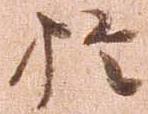
於